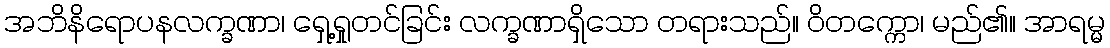
အဘိနိရောပနလက္ခဏာ၊ ရှေ့ရှုတင်ခြင်း လက္ခဏာရှိသော တရားသည်။ ဝိတက္ကော၊ မည်၏။ အာရမ္မ